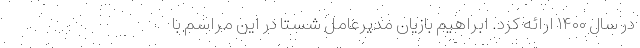
در سال ۱۴۰۰ ارائه کرد. ابراهیم بازیان مدیرعامل شستا در این مراسم با